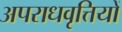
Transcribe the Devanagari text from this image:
अपराधवृत्तियों